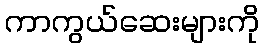
ကာကွယ်ဆေးများကို